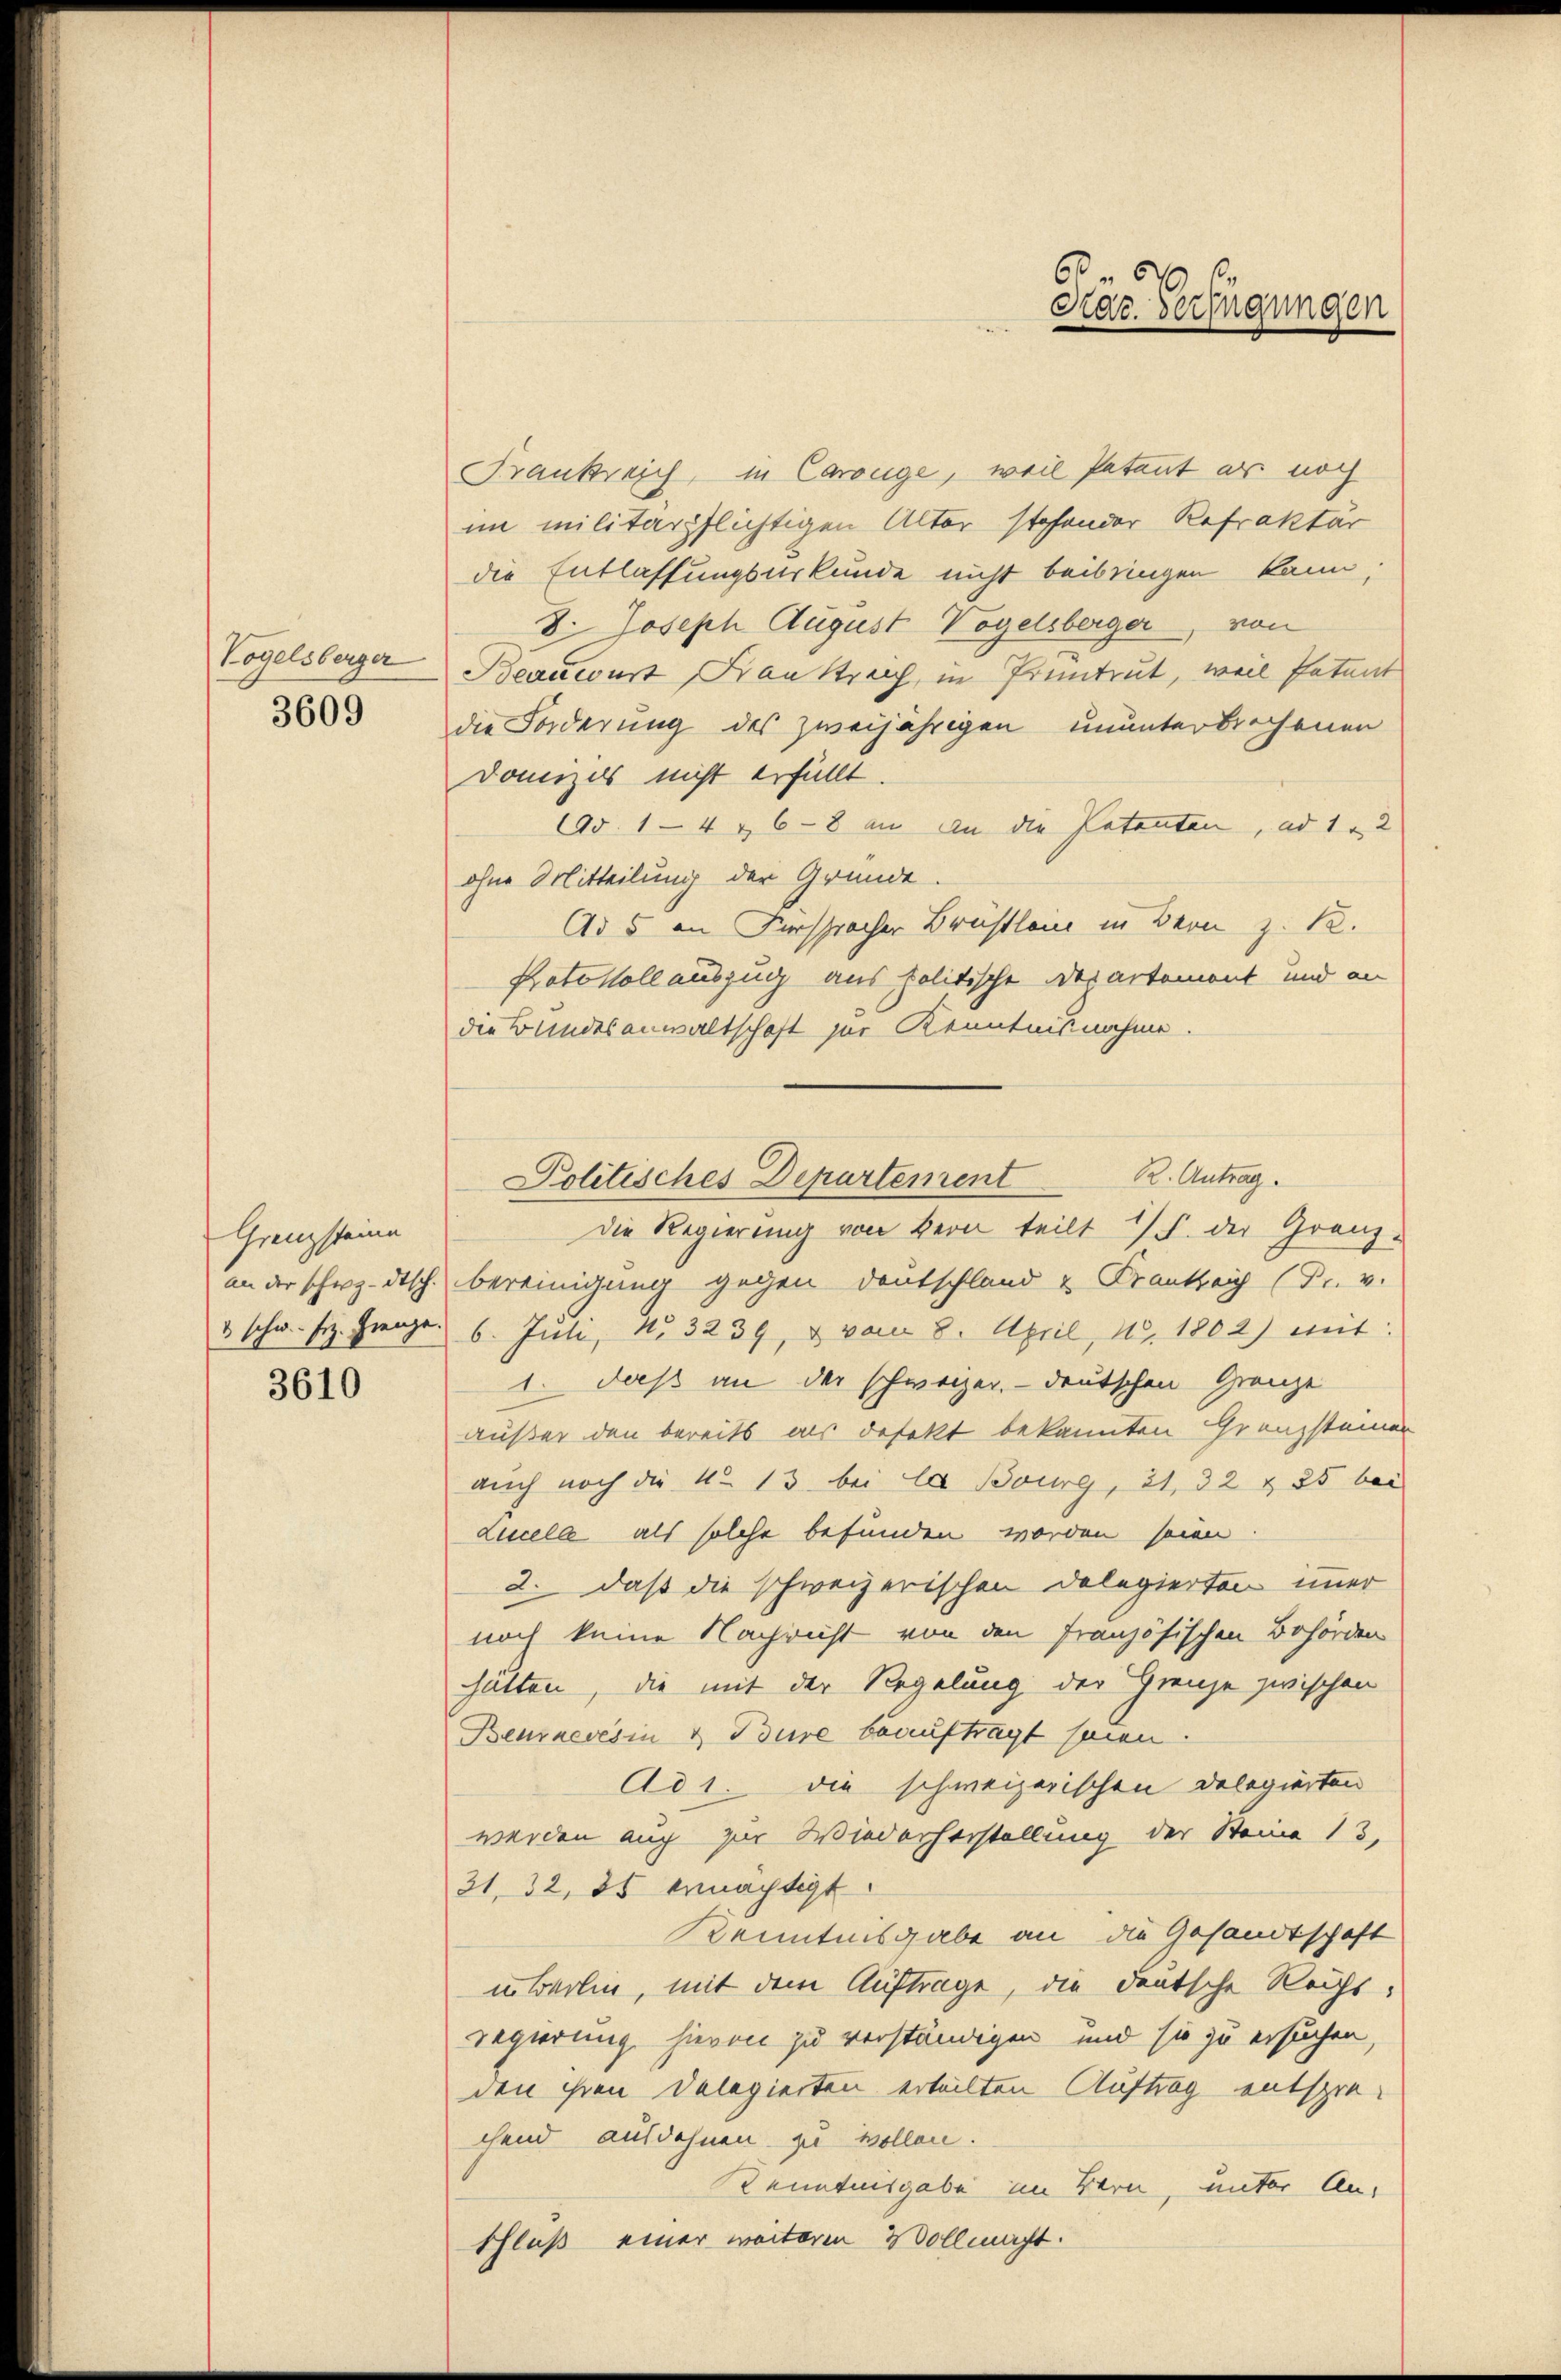
Vogelsberger

3609

Grenzsteine

3610

Frankreich, in Carouge, weil Petaut es noch
im militärpflichtigen Alter stehender Refraktär
die Entlassungsurkunde nicht beibringen kann;
8. Joseph August Vogelsberger, von
Beauwart, Faustreich, in Pruntrut, weil Patent
die Forderung des zweijährigen ununterbrechenen
Domizils nicht erfüllt.
190. 14 r, 6 - 8 an an die Patenten, ad 1. 2
ohne Mitteilung der Gründe.
Ad 5 an Fürspracher Brüstlein in Bern z. 12.
Protokoll auszug aus politische Departement und an
die Bundesanwaltschaft zur Kenntnisnahme.
Die Regierung von Bern teilt / F. der Granz-
an der schwedisch. bereinigung gegen Deutschland u Frankheit (Dr. v.
& schw. Frz. Grenze. 6. Juli, No. 3239, & vom 8. April 185. 1802) mit:
1. daß an der schweizer, - deutschen Gränze
außer den bereits als defekt bekannten Granzsteiner
auch noch die No 13. bei les Bourg, 21, 32 & 25 bei
Lucela als solche befunden worden seien
2. daß die schweizerischen Delegierten immer
noch keine Nachricht von den Französischen Behörden
hätten, die mit der Regelung der Grenze zwischen
Benneresin & Bure beauftragt seien.
Ad 1. die schweizerischen Delegierten
werden auch zur Wiederherstellung der Steine 13,
31, 32, 35 ermächtigt.
Kenntnisgabe an die Gesandtschaft
inberlin, mit dem Auftrage, die deutsche Reicht,
Regierung hievon zu verständigen, und sie zu ersuchen,
den ihren Delegierten erteilten Auftrag entsprechend ausdehnen zu wollen.
Kenntnisgabe im Bern, unter An-
Schluß einer weiteren Vollmacht.

Politisches Departement. Antrag.

6
Kar. Verfügungen